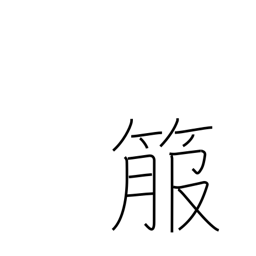
Meaning: quiver